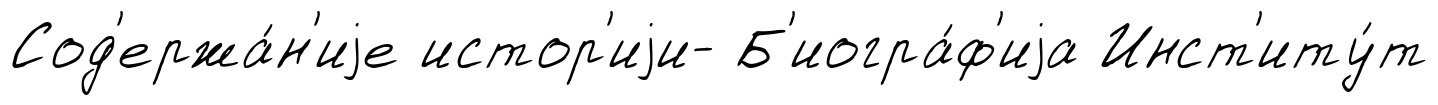
Сод'ержа́н'иjе истор'иjи- Б'иогра́ф'иjа Инст'иту́т